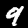
Label: 9